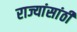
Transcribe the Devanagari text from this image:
राज्यांसांठी